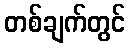
တစ်ချက်တွင်